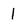
Character: l